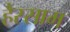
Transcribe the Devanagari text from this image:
हैस्साम